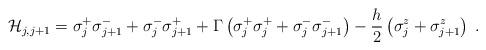
LaTeX: \begin{align*}{\cal H}_{j,j+1}=\sigma^{+}_{j}\sigma^{-}_{j+1}+\sigma^{-}_{j}\sigma^{+}_{j+1}+\Gamma\left(\sigma^{+}_{j}\sigma^{+}_{j}+\sigma^{-}_{j}\sigma^{-}_{j+1}\right)-\frac{h}{2}\left(\sigma^{z}_{j}+\sigma_{j+1}^{z}\right)\;.\end{align*}